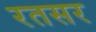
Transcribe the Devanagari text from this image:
रतसर